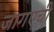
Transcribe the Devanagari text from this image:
जागएची